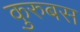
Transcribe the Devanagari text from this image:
कुरुबस